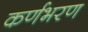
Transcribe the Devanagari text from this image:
कर्णभरण